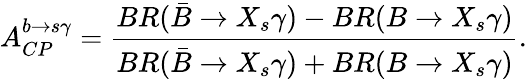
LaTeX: A_{CP}^{b\rightarrow s\gamma}={\frac{BR(\bar{B}\rightarrow X_{s}\gamma)-BR(B\rightarrow X_{s}\gamma)}{BR(\bar{B}\rightarrow X_{s}\gamma)+BR(B\rightarrow X_{s}\gamma)}}.\,